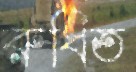
রুধিত